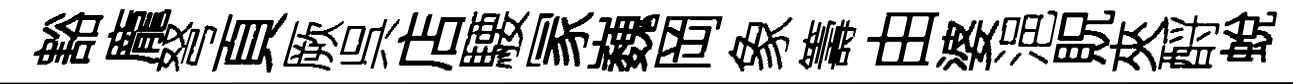
豁龐弩頁厥呉店騕冡巍岡象籌由婆浥貺夾酹蛻